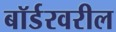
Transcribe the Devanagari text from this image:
बॉर्डरवरील